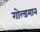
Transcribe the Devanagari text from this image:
गोल्डमान